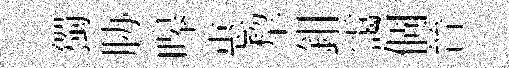
獨胁嗥惠犂鉗靄個晉